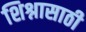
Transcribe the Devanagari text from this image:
शिश्नासाठी